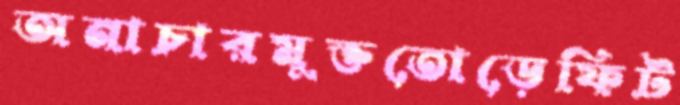
অনাচারমুক্ততোড়েফিট